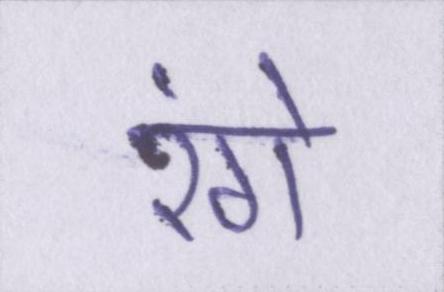
रंगे